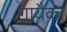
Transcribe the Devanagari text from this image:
गायैका